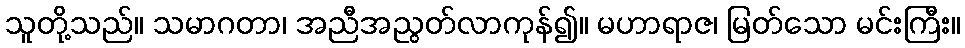
သူတို့သည်။ သမာဂတာ၊ အညီအညွတ်လာကုန်၍။ မဟာရာဇ၊ မြတ်သော မင်းကြီး။